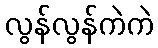
လွန်လွန်ကဲကဲ